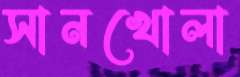
সানখোলা